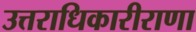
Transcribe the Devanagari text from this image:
उत्तराधिकारीराणा